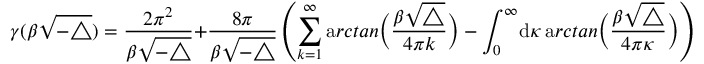
\gamma ( \beta \sqrt { - \triangle } ) = \frac { 2 \pi ^ { 2 } } { \beta \sqrt { - \triangle } } + \frac { 8 \pi } { \beta \sqrt { - \triangle } } \left( \sum _ { k = 1 } ^ { \infty } { \mathrm a r c t a n } \Big ( \frac { \beta \sqrt { \triangle } } { 4 \pi k } \Big ) - \int _ { 0 } ^ { \infty } \! { \mathrm d } \kappa \, { \mathrm a r c t a n } \Big ( \frac { \beta \sqrt { \triangle } } { 4 \pi \kappa } \Big ) \right) .